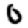
Digit: 0